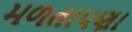
મળતાપણા